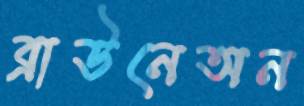
ব্রাউনেঅন